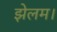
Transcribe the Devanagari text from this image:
झेलम।